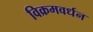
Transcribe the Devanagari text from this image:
विक्रमवर्धन